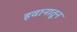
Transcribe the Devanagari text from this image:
हवानातून